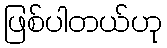
ဖြစ်ပါတယ်ဟု